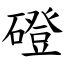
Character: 磴